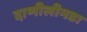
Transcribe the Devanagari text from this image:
दाणीलीमडा